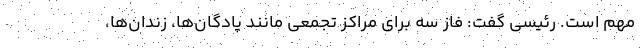
مهم است. رئیسی گفت: فاز سه برای مراکز تجمعی مانند پادگان‌ها، زندان‌ها،